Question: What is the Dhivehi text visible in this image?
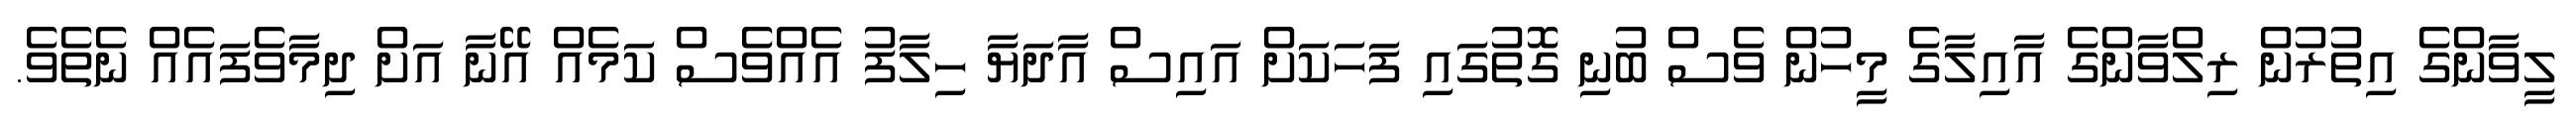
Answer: ލީވާންގެ އިތުރުން ރިލްވާންގެ އާއިލާގެ މީހުން ވެސް ބުނި ގޮތުގައި ފަހަކަށް އައިސް އާދަޔާ ހިލާފު އެއްވެސް ކަމެއް އޭނާ އަށް ދިމާވެފައެއް ނެތެވެ.